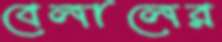
বেলালের